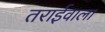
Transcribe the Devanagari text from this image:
तराईवाला